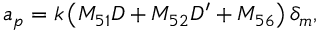
a _ { p } = k \left( M _ { 5 1 } D + M _ { 5 2 } D ^ { \prime } + M _ { 5 6 } \right) \delta _ { m } ,